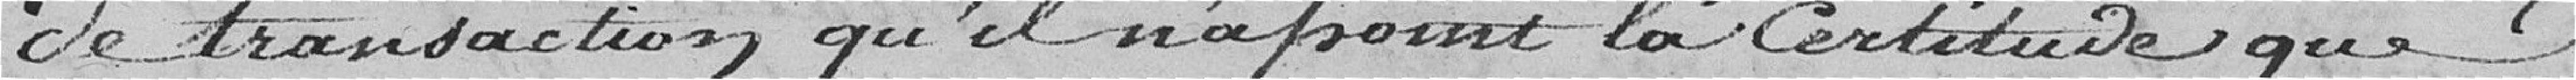
de transaction qu'il n'a point la certitude que